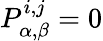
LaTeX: P_{\alpha,\beta}^{i,j}=0